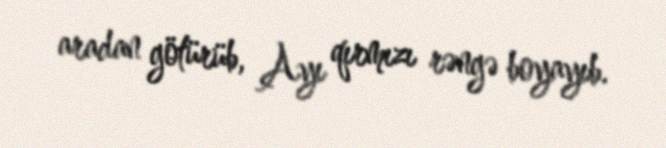
aradan götürüb, Ayı qırmızı rəngə boyayıb.